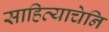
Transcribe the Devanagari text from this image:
साहित्याचेनि